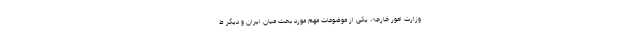
وزارت امور خارجه، یکی از موضوعات مهم مورد بحث میان ایران و دیگر ط